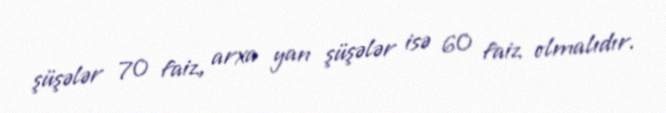
şüşələr 70 faiz, arxa yan şüşələr isə 60 faiz olmalıdır.